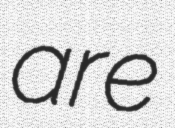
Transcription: are